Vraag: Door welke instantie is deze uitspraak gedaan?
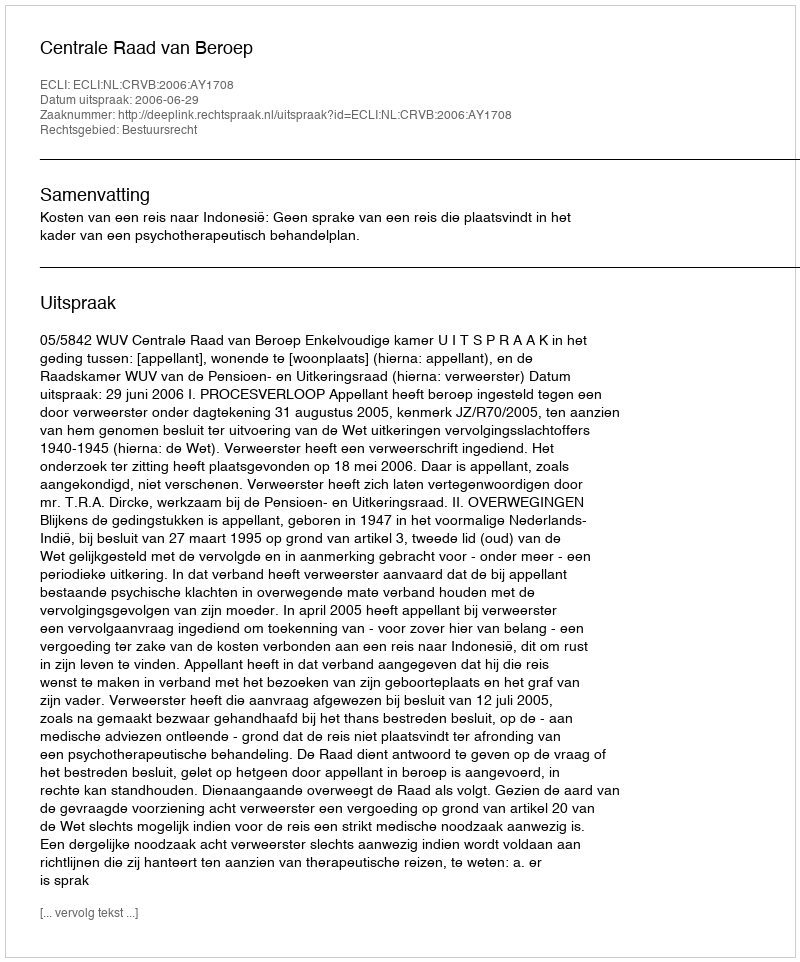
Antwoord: Centrale Raad van Beroep